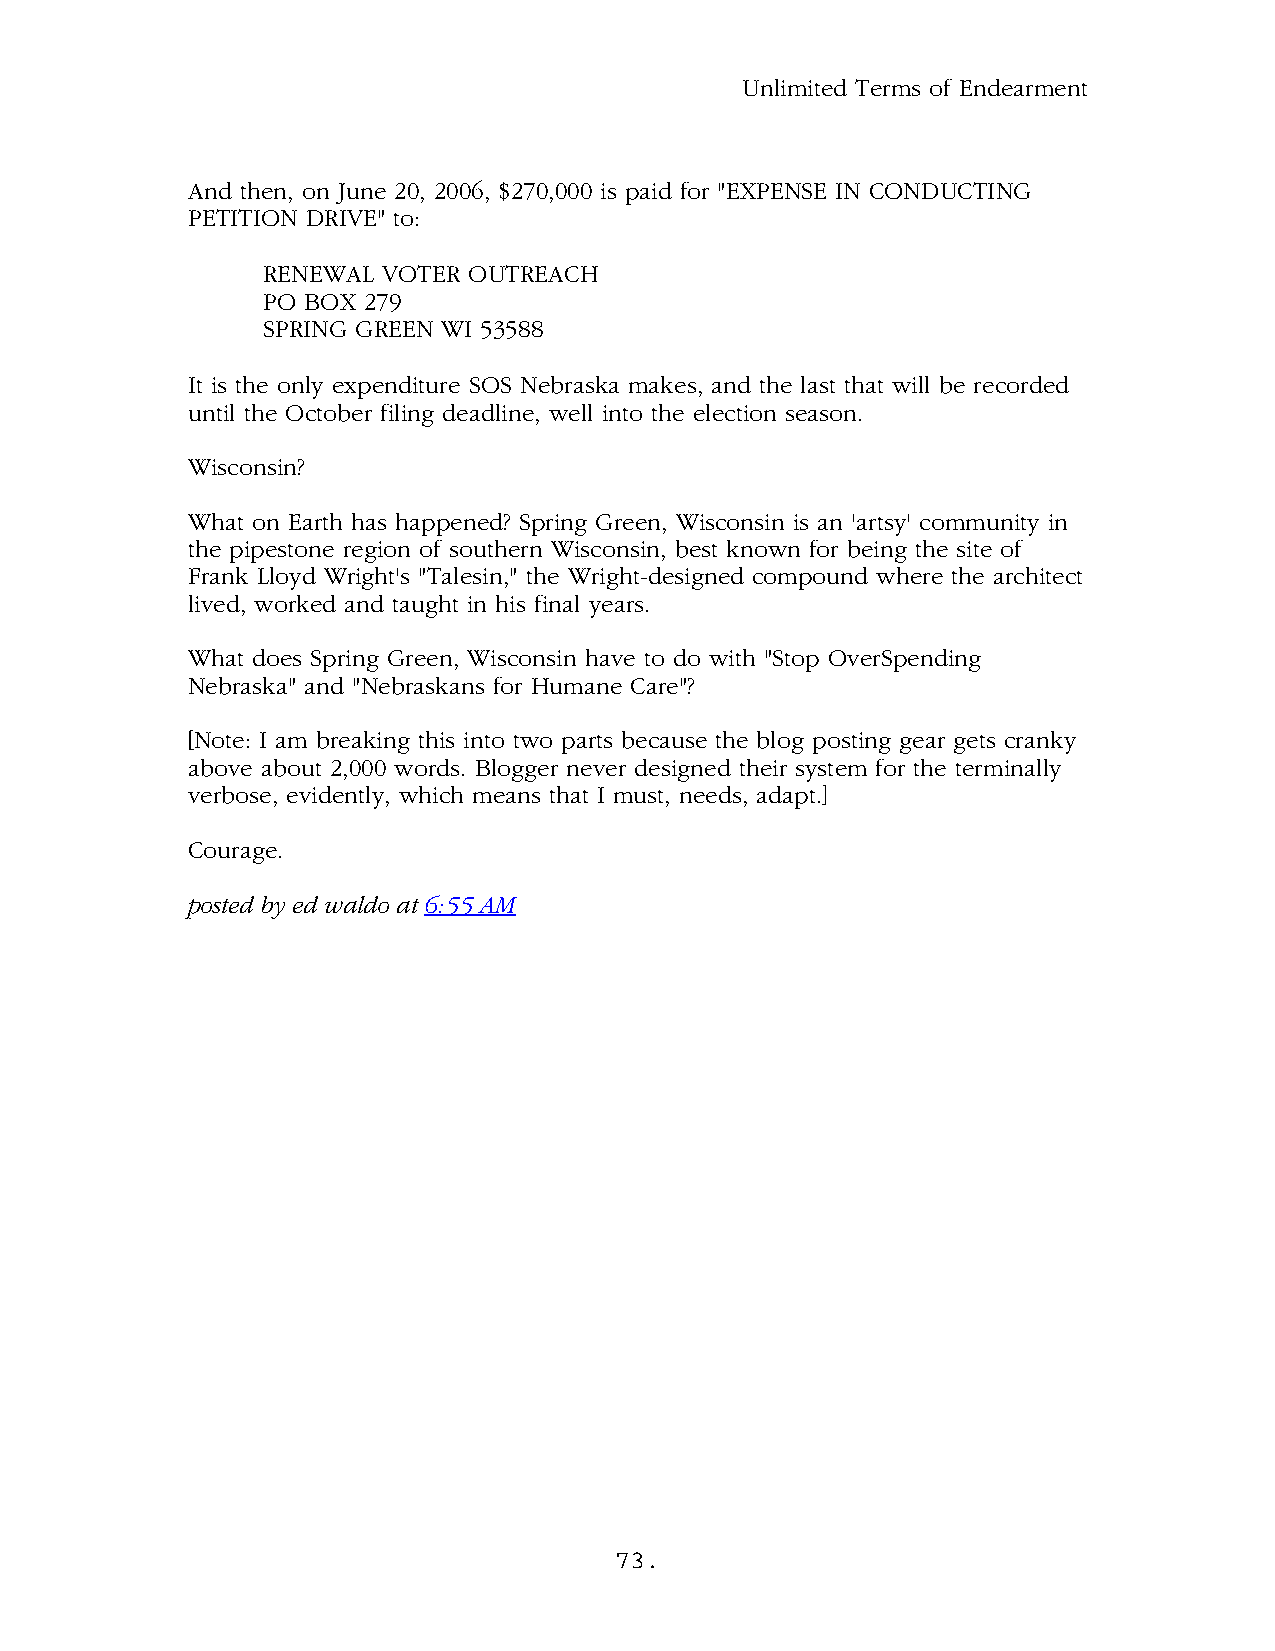
Unlimited Terms of Endearment
 And then, on June 20, 2006, $270,000 is paid for "EXPENSE IN CONDUCTING
 PETITION DRIVE" to:
 RENEWAL VOTER OUTREACH
 PO BOX 279
 SPRING GREEN WI 53588
 It is the only expenditure SOS Nebraska makes, and the last that will be recorded
 until the October filing deadline, well into the election season.
 Wisconsin?
 What on Earth has happened? Spring Green, Wisconsin is an 'artsy' community in
 the pipestone region of southern Wisconsin, best known for being the site of
 Frank Lloyd Wright's "Talesin," the Wright-designed compound where the architect
 lived, worked and taught in his final years.
 What does Spring Green, Wisconsin have to do with "Stop OverSpending
 Nebraska" and "Nebraskans for Humane Care"?
 [Note: I am breaking this into two parts because the blog posting gear gets cranky
 above about 2,000 words. Blogger never designed their system for the terminally
 verbose, evidently, which means that I must, needs, adapt.]
 Courage.
 .
 posted by ed waldo at 6:55 AM
 73.